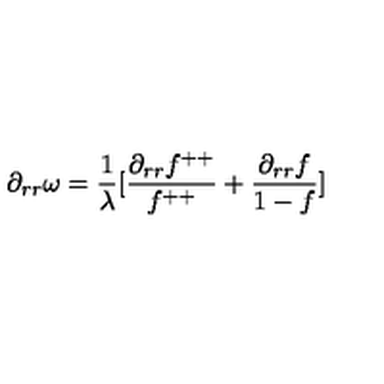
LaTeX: \partial _ { r r } \omega = \frac { 1 } { \lambda } [ \frac { \partial _ { r r } f ^ { + + } } { f ^ { + + } } + \frac { \partial _ { r r } f } { 1 - f } ]